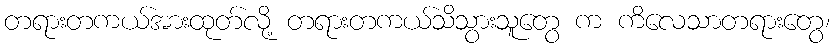
တရားတကယ်အားထုတ်လို့ တရားတကယ်သိသွားသူတွေ က ကိလေသာတရားတွေ၊